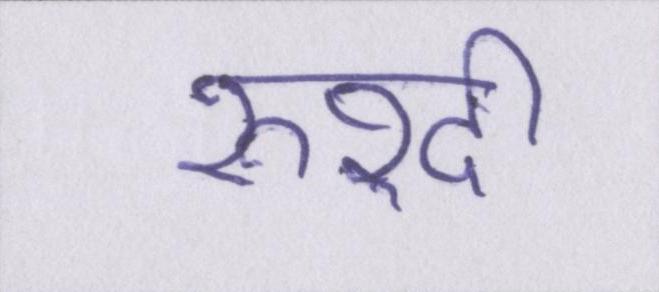
रुश्दी